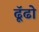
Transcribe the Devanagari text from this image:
ढॅूढो